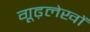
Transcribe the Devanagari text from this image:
गूढ़लेखों